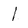
Character: l